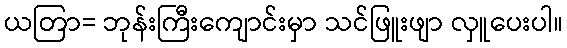
ယတြာ= ဘုန်းကြီးကျောင်းမှာ သင်ဖြူးဖျာ လှူပေးပါ။